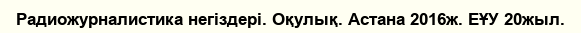
Радиожурналистика негіздері. Оқулық. Астана 2016ж. ЕҰУ 20жыл.